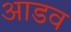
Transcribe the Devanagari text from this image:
आडव